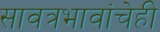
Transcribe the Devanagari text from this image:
सावत्रभावांचेही